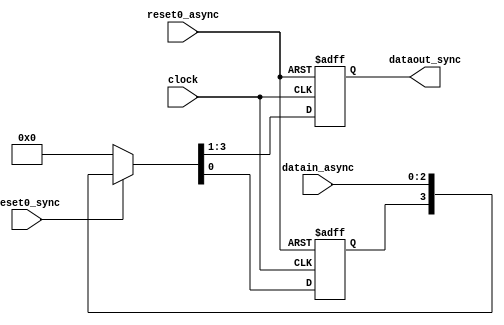
/*------------------------------------------------------------------------

Purpose

  Data synchronizing between asynchronous domains

------------------------------------------------------------------------*/
module usb_synczer #(parameter DATA_WIDTH=1, parameter DATA_ONRST=0)
                        (
                        input           reset0_async,
                        input           reset0_sync,
                        input           clock,
                        input[2:0]      datain_async,
                        output reg[2:0] dataout_sync
                        );

  reg [DATA_WIDTH-1:0] data_sync;

  always @(posedge clock, negedge reset0_async)
    if(!reset0_async)
      {dataout_sync,data_sync}<={DATA_ONRST,DATA_ONRST};
    else if(!reset0_sync)
      {dataout_sync,data_sync}<={DATA_ONRST,DATA_ONRST};
    else
      {dataout_sync,data_sync}<={data_sync,datain_async};
endmodule